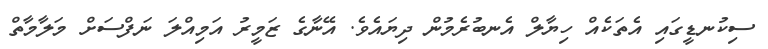
ސިކުނޑީގައި އެތަކެއް ހިޔާލް އެނބުރެމުން ދިޔައެވެ. އޭނާގެ ޒަމީރު އަމިއްލަ ނަފްސަށް މަލާމާތް